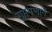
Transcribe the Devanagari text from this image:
गुप्तपणाने